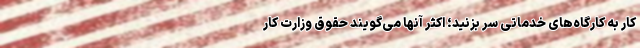
کار به کارگاه‌های خدماتی سر بزنید؛ اکثر آنها می‌گویند حقوق وزارت کار